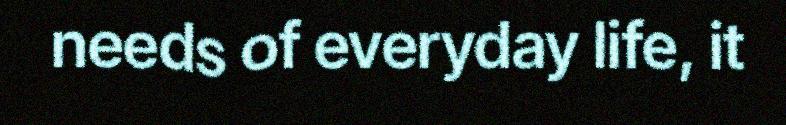
needs of everyday life, it